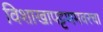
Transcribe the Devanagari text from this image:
विशाखापट्टणमवरचा